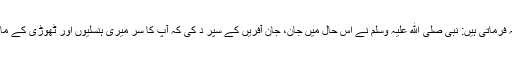
حضرت عائشہ فرماتی ہیں: نبی صلی ﷲ علیہ وسلم نے اس حال میں جان، جان آفریں کے سپر د کی کہ آپ کا سر میری ہنسلیوں اور ٹھوڑی کے مابین ٹکا ہوا تھا۔